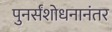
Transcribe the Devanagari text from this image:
पुनर्संशोधनानंतर